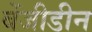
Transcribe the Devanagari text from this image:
बेंजीडीन